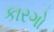
કારગો